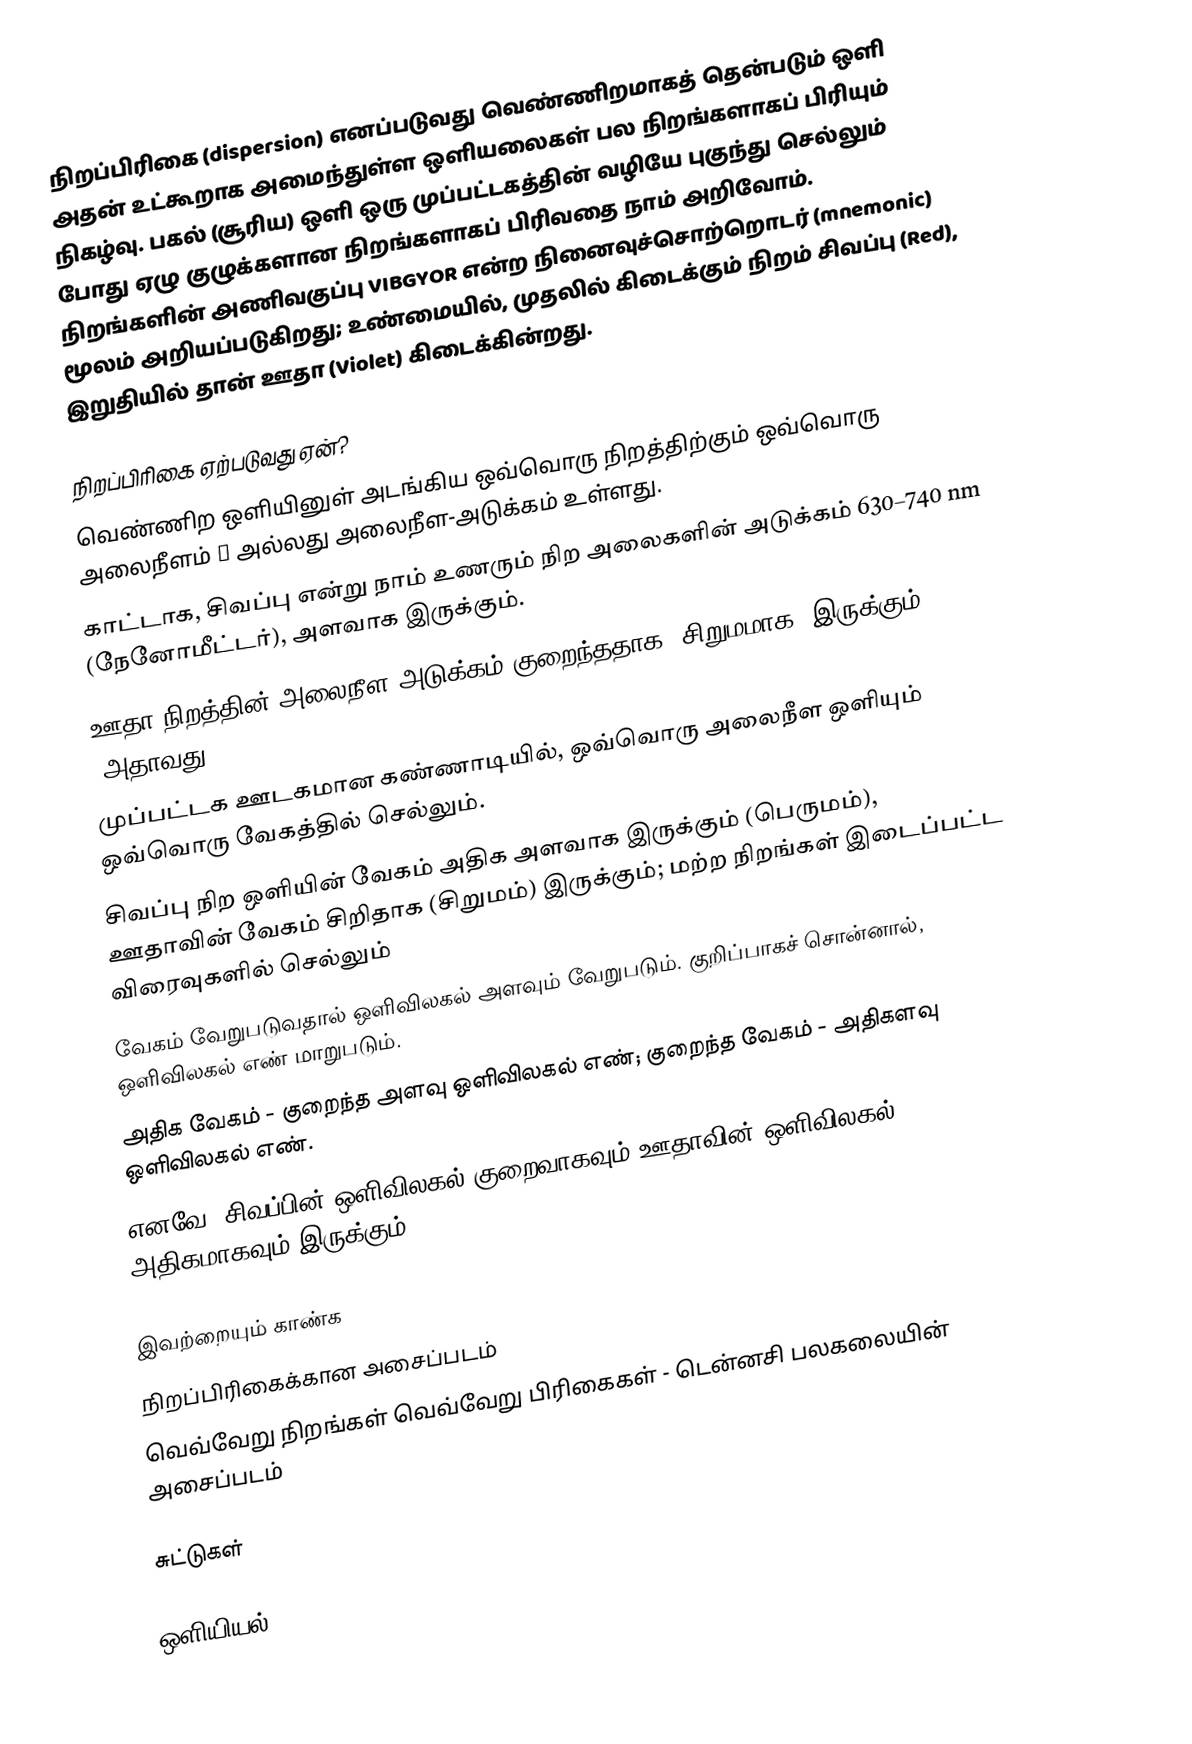
நிறப்பிரிகை (dispersion) எனப்படுவது வெண்ணிறமாகத் தென்படும் ஒளி அதன் உட்கூறாக அமைந்துள்ள ஒளியலைகள் பல நிறங்களாகப் பிரியும் நிகழ்வு. பகல் (சூரிய) ஒளி  ஒரு முப்பட்டகத்தின் வழியே புகுந்து செல்லும் போது ஏழு குழுக்களான நிறங்களாகப் பிரிவதை நாம் அறிவோம். நிறங்களின் அணிவகுப்பு VIBGYOR என்ற நினைவுச்சொற்றொடர் (mnemonic) மூலம் அறியப்படுகிறது; உண்மையில், முதலில் கிடைக்கும் நிறம் சிவப்பு (Red), இறுதியில் தான் ஊதா (Violet) கிடைக்கின்றது.

நிறப்பிரிகை ஏற்படுவது ஏன்?
 வெண்ணிற ஒளியினுள் அடங்கிய ஒவ்வொரு நிறத்திற்கும் ஒவ்வொரு அலைநீளம் λ அல்லது அலைநீள-அடுக்கம் உள்ளது.
 காட்டாக, சிவப்பு என்று நாம் உணரும் நிற அலைகளின் அடுக்கம் 630–740 nm (நேனோமீட்டர்), அளவாக இருக்கும்.
 ஊதா நிறத்தின் அலைநீள-அடுக்கம் குறைந்ததாக (சிறுமமாக) இருக்கும். (அதாவது, 380-450 nm)
 முப்பட்டக ஊடகமான கண்ணாடியில், ஒவ்வொரு அலைநீள ஒளியும் ஒவ்வொரு வேகத்தில் செல்லும்.
 சிவப்பு நிற ஒளியின் வேகம் அதிக அளவாக இருக்கும் (பெருமம்), ஊதாவின் வேகம் சிறிதாக  (சிறுமம்) இருக்கும்; மற்ற நிறங்கள் இடைப்பட்ட விரைவுகளில் செல்லும்
 வேகம் வேறுபடுவதால் ஒளிவிலகல் அளவும் வேறுபடும். குறிப்பாகச் சொன்னால், ஒளிவிலகல் எண் மாறுபடும்.
 அதிக வேகம் - குறைந்த அளவு ஒளிவிலகல் எண்; குறைந்த வேகம் - அதிகளவு ஒளிவிலகல் எண்.
 எனவே, சிவப்பின் ஒளிவிலகல் குறைவாகவும் ஊதாவின் ஒளிவிலகல் அதிகமாகவும் இருக்கும் (Blue Bends Best).

இவற்றையும் காண்க
 நிறப்பிரிகைக்கான அசைப்படம்
 வெவ்வேறு நிறங்கள் வெவ்வேறு பிரிகைகள் - டென்னசி பலகலையின் அசைப்படம்

சுட்டுகள்

ஒளியியல்